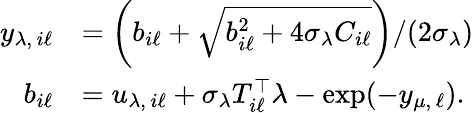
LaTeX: \begin{array}{rl}{y_{\lambda,\, i\ell}}&{=\left(b_{i\ell}+\sqrt{b_{i\ell}^{2}+4\sigma_{\lambda}C_{i\ell}}\right)/(2\sigma_{\lambda})}\\ {b_{i\ell}}&{=u_{\lambda,\, i\ell}+\sigma_{\lambda}T_{i\ell}^{\top}\lambda-\exp(-y_{\mu,\, \ell}).}\end{array}